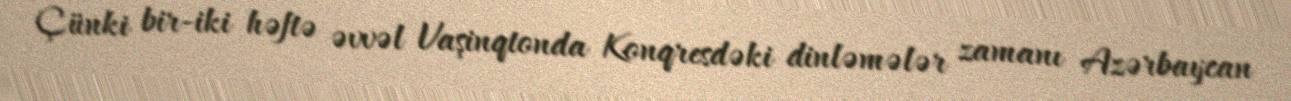
Çünki bir-iki həftə əvvəl Vaşinqtonda Konqresdəki dinləmələr zamanı Azərbaycan